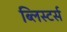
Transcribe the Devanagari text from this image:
ब्लिस्टर्स